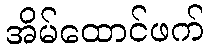
အိမ်ထောင်ဖက်